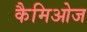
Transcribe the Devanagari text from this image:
कैमिओज